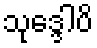
သုဒ္ဒေါပိ